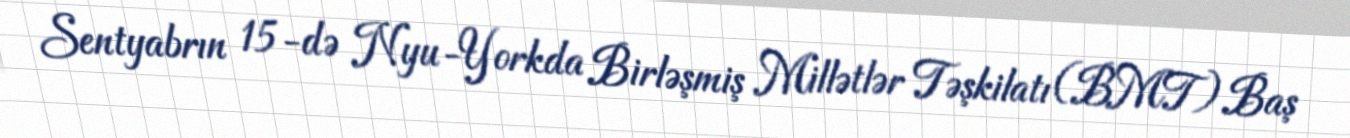
Sentyabrın 15-də Nyu-Yorkda Birləşmiş Millətlər Təşkilatı (BMT) Baş